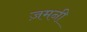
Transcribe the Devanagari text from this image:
ज़मनी